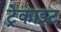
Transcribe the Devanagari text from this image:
ट्रेकाइट